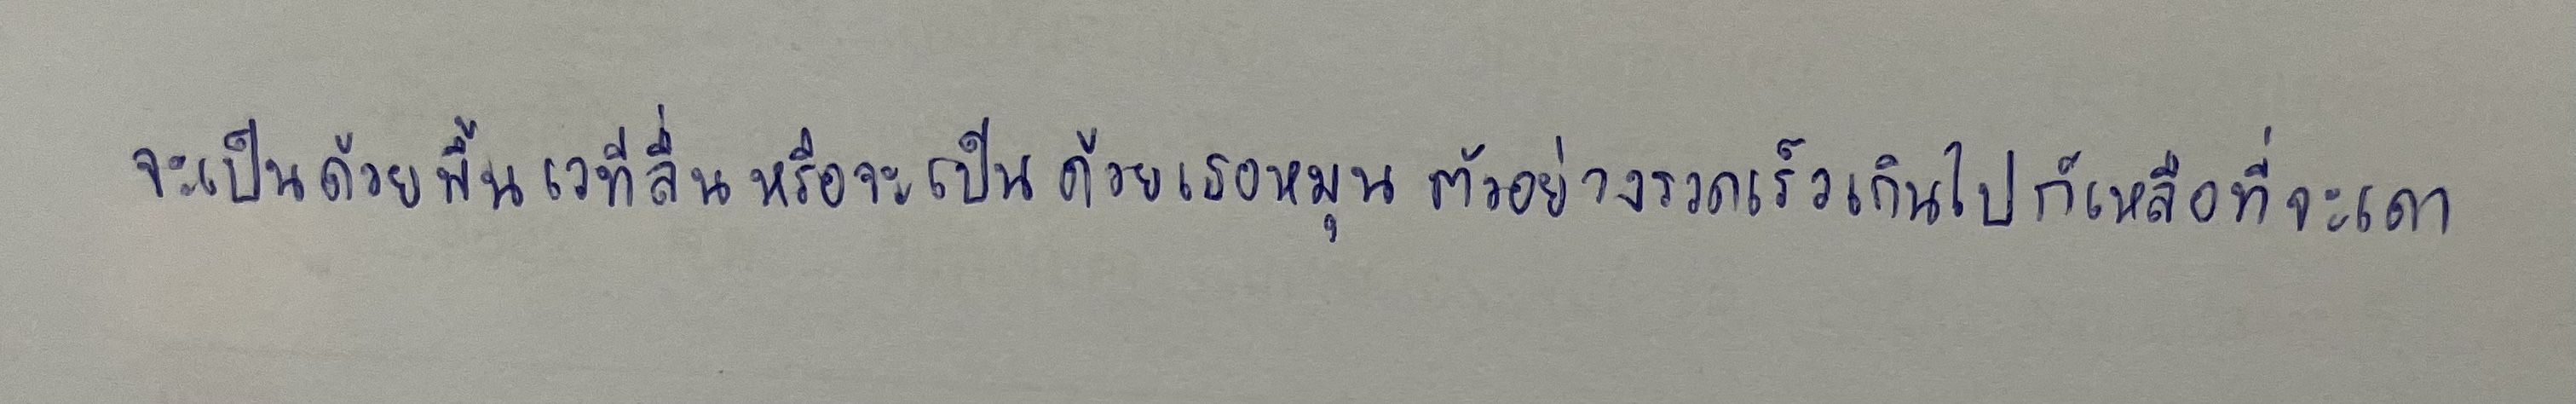
จะเป็นด้วยพื้นเวทีลื่นหรือจะเป็นด้วยเธอหมุนตัวอย่างรวดเร็วเกินไปก็เหลือที่จะเดา